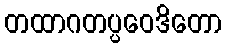
တထာဂတပ္ပဝေဒိတော